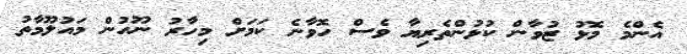
އެންމެ މޮޅު ޒުވާން ކުޅުންތެރިޔާ ވެސް ހޮވާނެ ކަމަށް މިހާރު ނޫހުން މައުލޫމާތު